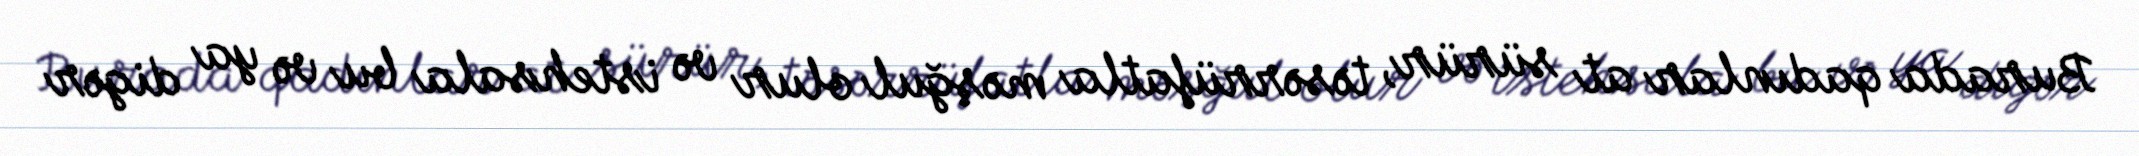
Burada qadınlar at sürür, təsərrüfatla məşğul olur və istehsala bu və ya digər